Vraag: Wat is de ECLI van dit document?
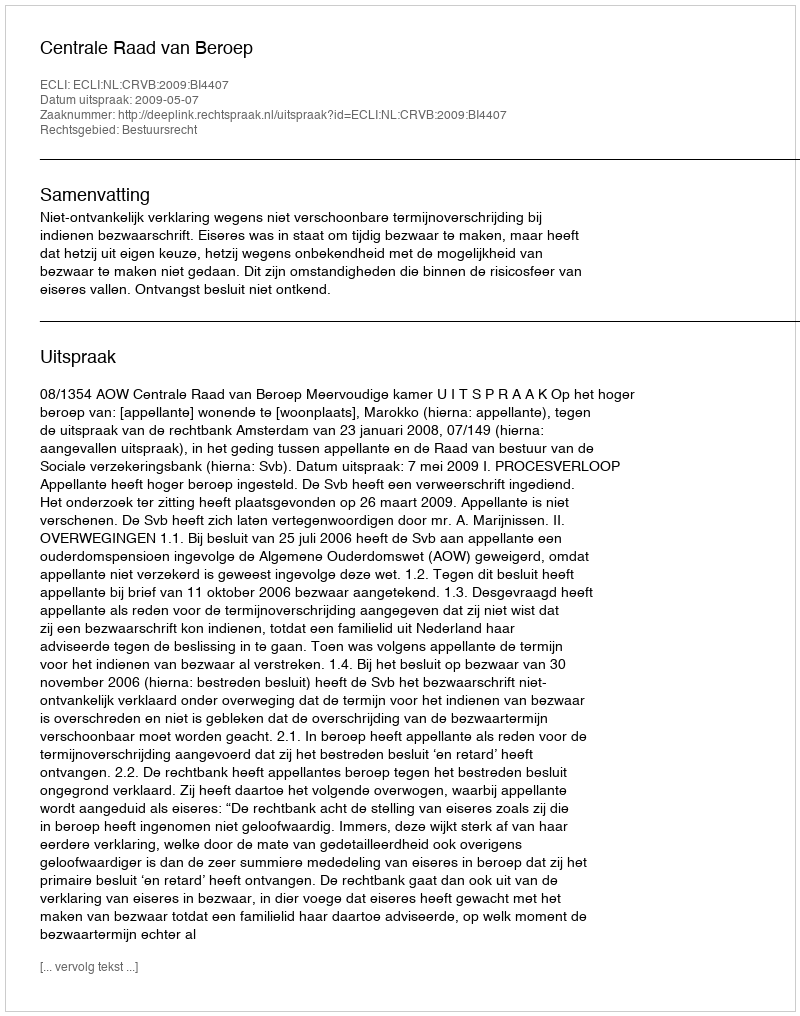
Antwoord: ECLI:NL:CRVB:2009:BI4407